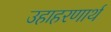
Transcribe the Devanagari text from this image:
उहाहरणार्थ